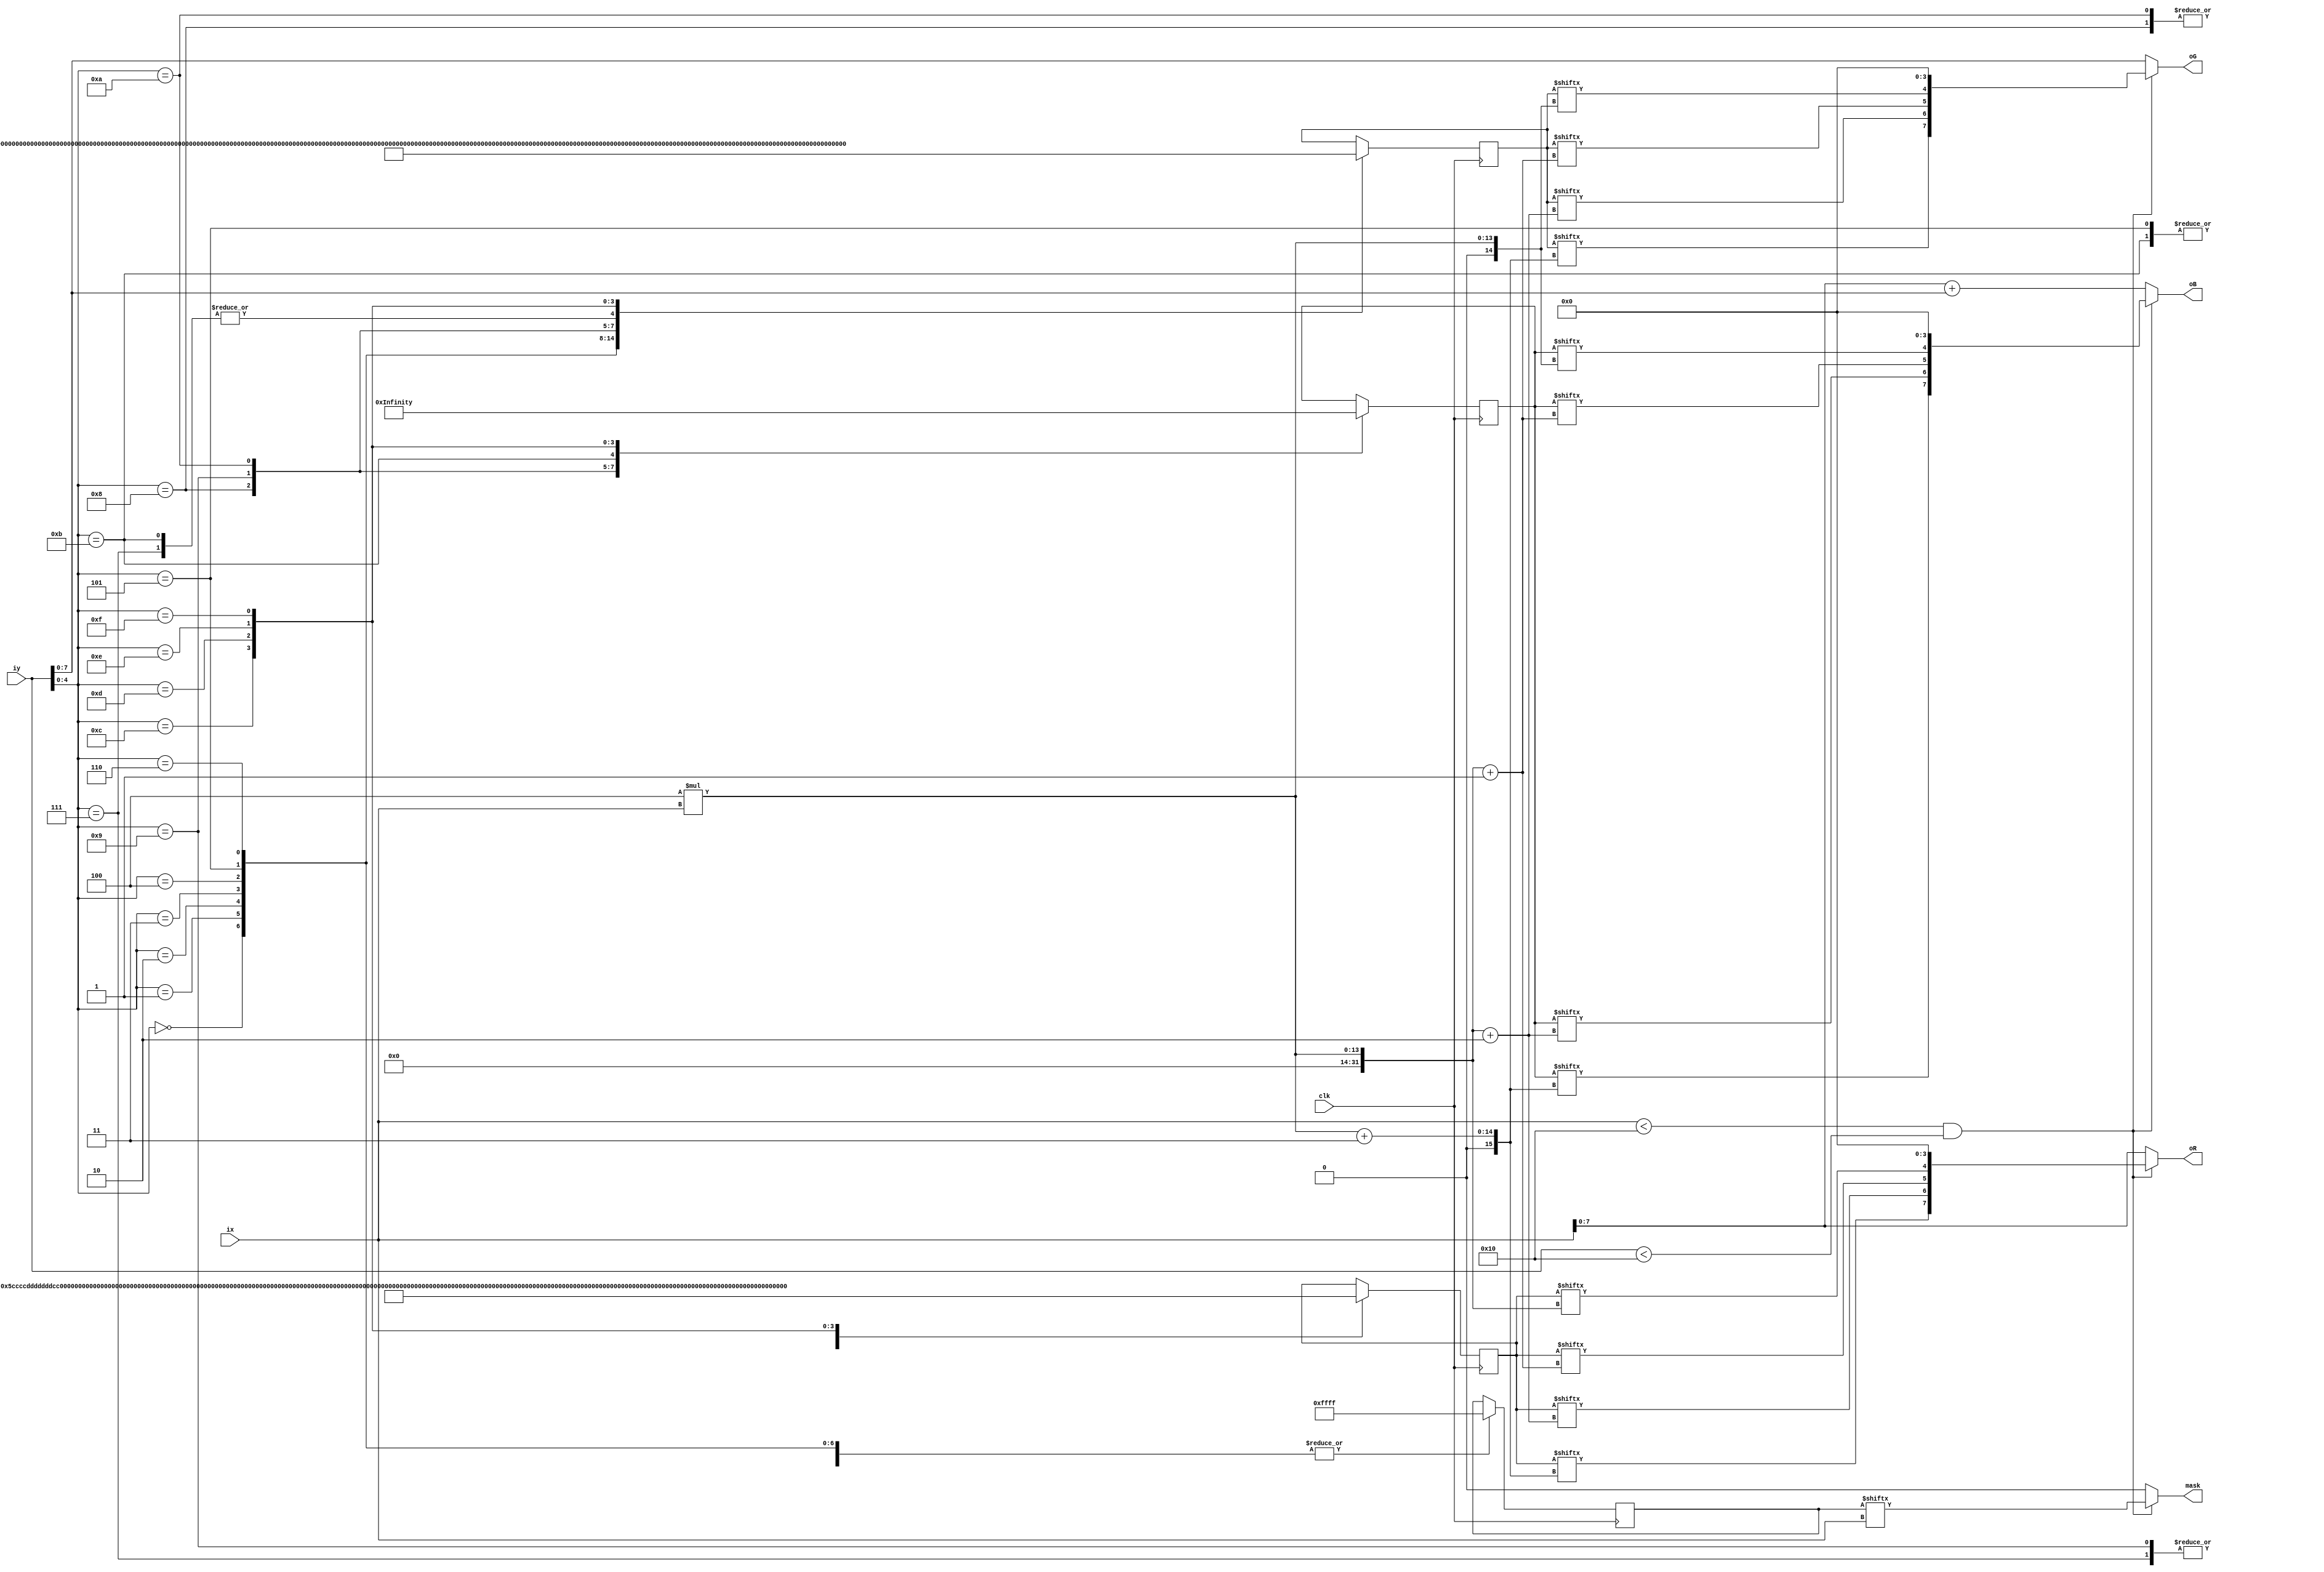
module hit_question_mark(ix,iy,oR,oG,oB,mask,clk);
input clk;
input [10:0] ix;
input [10:0] iy;
output [7:0] oR;
output [7:0] oG;
output [7:0] oB;
output mask;
reg [64:0] hit_question_mark_r;
reg [64:0] hit_question_mark_g;
reg [64:0] hit_question_mark_b;
reg [16:0] hit_question_mark_a;
parameter x_size = 16,y_size = 16;
wire mask;

assign oR = (ix<x_size&&iy<y_size)?{hit_question_mark_r[4*ix+3],hit_question_mark_r[4*ix+2],hit_question_mark_r[4*ix+1],hit_question_mark_r[4*ix],4'b0000}:{ix[7:0]};
assign oG = (ix<x_size&&iy<y_size)?{hit_question_mark_g[4*ix+3],hit_question_mark_g[4*ix+2],hit_question_mark_g[4*ix+1],hit_question_mark_g[4*ix],4'b0000}:{iy[7:0]};
assign oB = (ix<x_size&&iy<y_size)?{hit_question_mark_b[4*ix+3],hit_question_mark_b[4*ix+2],hit_question_mark_b[4*ix+1],hit_question_mark_b[4*ix],4'b0000}:{ix+iy}; 
assign mask = (ix<x_size&&iy<y_size)?{hit_question_mark_a[ix]}:0; 
always @(posedge clk)
begin
case(iy[4:0])
5'd0:hit_question_mark_r=64'h5ccccdddddddccb3;
5'd1:hit_question_mark_r=64'hcffffffffffffee3;
5'd2:hit_question_mark_r=64'hce5efffffffff4d3;
5'd3:hit_question_mark_r=64'hcfeefffffffffde2;
5'd4:hit_question_mark_r=64'hcffffffffffffee2;
5'd5:hit_question_mark_r=64'hdfffffffffffffe2;
5'd6:hit_question_mark_r=64'hdffffffffffffed3;
5'd7:hit_question_mark_r=64'hdfffffffffffffe3;
5'd8:hit_question_mark_r=64'hdffffffffffffee3;
5'd9:hit_question_mark_r=64'hdfffffffffffffe3;
5'd10:hit_question_mark_r=64'hdffffffffffffee3;
5'd11:hit_question_mark_r=64'hdfffffffffffffe2;
5'd12:hit_question_mark_r=64'hcfeefffffffffee3;
5'd13:hit_question_mark_r=64'hce4defeeefffe3c2;
5'd14:hit_question_mark_r=64'hbecdeeeeeeeeecc1;
5'd15:hit_question_mark_r=64'h3332223333333210;
endcase
case(iy[4:0])
5'd0:hit_question_mark_g=64'h0566666565666760;
5'd1:hit_question_mark_g=64'h5999aa999999a9a0;
5'd2:hit_question_mark_g=64'h6809a9aa9aa99090;
5'd3:hit_question_mark_g=64'h6a89aaaaaa9aa9b0;
5'd4:hit_question_mark_g=64'h69aaaa9a9aaaaaa0;
5'd5:hit_question_mark_g=64'h69aaaaaaaaaaaba0;
5'd6:hit_question_mark_g=64'h59aaa9aaaaaaaaa0;
5'd7:hit_question_mark_g=64'h69aaaaaaaaaaaaa0;
5'd8:hit_question_mark_g=64'h699aaaaaaaaaaaa0;
5'd9:hit_question_mark_g=64'h6999aaaaaaaaaaa0;
5'd10:hit_question_mark_g=64'h59aaaa9aaaaaaaa0;
5'd11:hit_question_mark_g=64'h69aaaaaaaaaaaaa0;
5'd12:hit_question_mark_g=64'h6a9aaaaaaaaabaa0;
5'd13:hit_question_mark_g=64'h6909aaaaaaaaa090;
5'd14:hit_question_mark_g=64'h6a9aaaaaaaaaa9b0;
5'd15:hit_question_mark_g=64'h0000000000000000;
endcase
case(iy[4:0])
5'd0:hit_question_mark_b=64'h0111110000110230;
5'd1:hit_question_mark_b=64'h1544443444445470;
5'd2:hit_question_mark_b=64'h1304434444445060;
5'd3:hit_question_mark_b=64'h1545444444345570;
5'd4:hit_question_mark_b=64'h1444443444344570;
5'd5:hit_question_mark_b=64'h1443444444434560;
5'd6:hit_question_mark_b=64'h0444433344444560;
5'd7:hit_question_mark_b=64'h0344443334344560;
5'd8:hit_question_mark_b=64'h0445444343444560;
5'd9:hit_question_mark_b=64'h1444443434444560;
5'd10:hit_question_mark_b=64'h0444343443444470;
5'd11:hit_question_mark_b=64'h1444444444444560;
5'd12:hit_question_mark_b=64'h0555444444446660;
5'd13:hit_question_mark_b=64'h1505555555556060;
5'd14:hit_question_mark_b=64'h3757766666667690;
5'd15:hit_question_mark_b=64'h0000000000000000;
endcase
case(iy[4:0])
5'd0:hit_question_mark_a=16'b1111111111111111;
5'd1:hit_question_mark_a=16'b1111111111111111;
5'd2:hit_question_mark_a=16'b1111111111111111;
5'd3:hit_question_mark_a=16'b1111111111111111;
5'd4:hit_question_mark_a=16'b1111111111111111;
5'd5:hit_question_mark_a=16'b1111111111111111;
5'd6:hit_question_mark_a=16'b1111111111111111;
5'd7:hit_question_mark_a=16'b1111111111111111;
5'd8:hit_question_mark_a=16'b1111111111111111;
5'd9:hit_question_mark_a=16'b1111111111111111;
5'd10:hit_question_mark_a=16'b1111111111111111;
5'd11:hit_question_mark_a=16'b1111111111111111;
5'd12:hit_question_mark_a=16'b1111111111111111;
5'd13:hit_question_mark_a=16'b1111111111111111;
5'd14:hit_question_mark_a=16'b1111111111111111;
5'd15:hit_question_mark_a=16'b1111111111111111;
endcase
end
endmodule